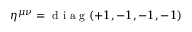
\eta ^ { \mu \nu } = \textrm { d i a g } ( + 1 , - 1 , - 1 , - 1 )